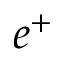
e ^ { + }